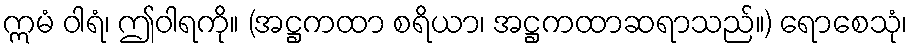
ဣမံ ဝါရံ၊ ဤဝါရကို။ (အဋ္ဌကထာ စရိယာ၊ အဋ္ဌကထာဆရာသည်။) ရောစေသုံ၊